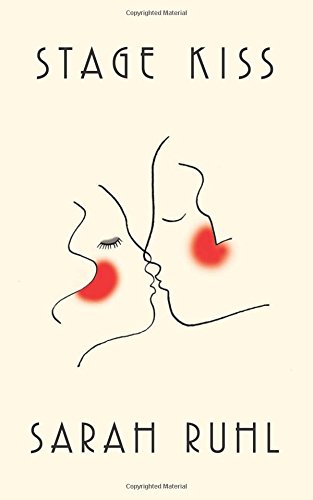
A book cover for Stage Kiss; Sarah Ruhl; Humor & Entertainment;